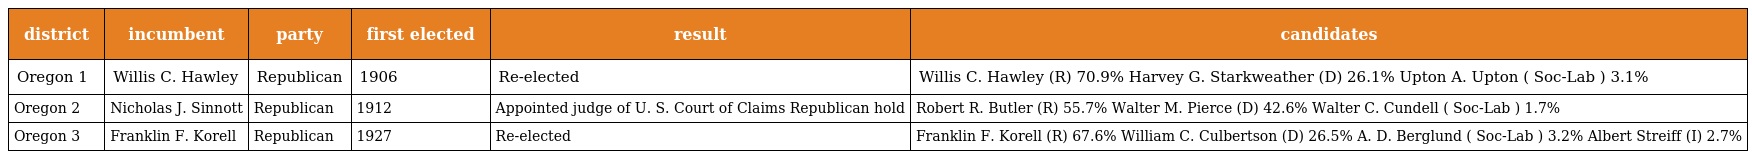
| district | incumbent | party | first elected | result | candidates |
 | --- | --- | --- | --- | --- | --- |
 | Oregon 1 | Willis C. Hawley | Republican | 1906 | Re-elected | Willis C. Hawley (R) 70.9% Harvey G. Starkweather (D) 26.1% Upton A. Upton ( Soc-Lab ) 3.1% |
 | Oregon 2 | Nicholas J. Sinnott | Republican | 1912 | Appointed judge of U. S. Court of Claims Republican hold | Robert R. Butler (R) 55.7% Walter M. Pierce (D) 42.6% Walter C. Cundell ( Soc-Lab ) 1.7% |
 | Oregon 3 | Franklin F. Korell | Republican | 1927 | Re-elected | Franklin F. Korell (R) 67.6% William C. Culbertson (D) 26.5% A. D. Berglund ( Soc-Lab ) 3.2% Albert Streiff (I) 2.7% |